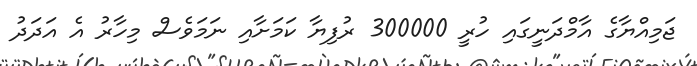
ޖަމިއްޔާގެ އާމްދަނީގައި ހުރީ 300000 ރުފިޔާ ކަމަށާއި ނަމަވެސް މިހާރު އެ އަދަދު